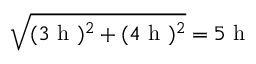
\sqrt { ( 3 \mathrm { ~ h ~ } ) ^ { 2 } + ( 4 \mathrm { ~ h ~ } ) ^ { 2 } } = 5 \mathrm { ~ h ~ }